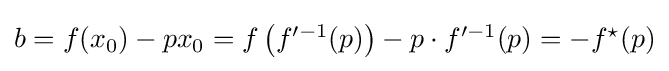
{\textstyle b=f(x_{0})-px_{0}=f\left(f^{\prime -1}(p)\right)-p\cdot f^{\prime -1}(p)=-f^{\star }(p)}